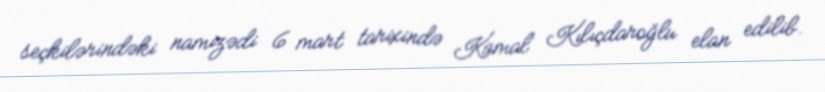
seçkilərindəki namizədi 6 mart tarixində Kamal Kılıçdaroğlu elan edilib.